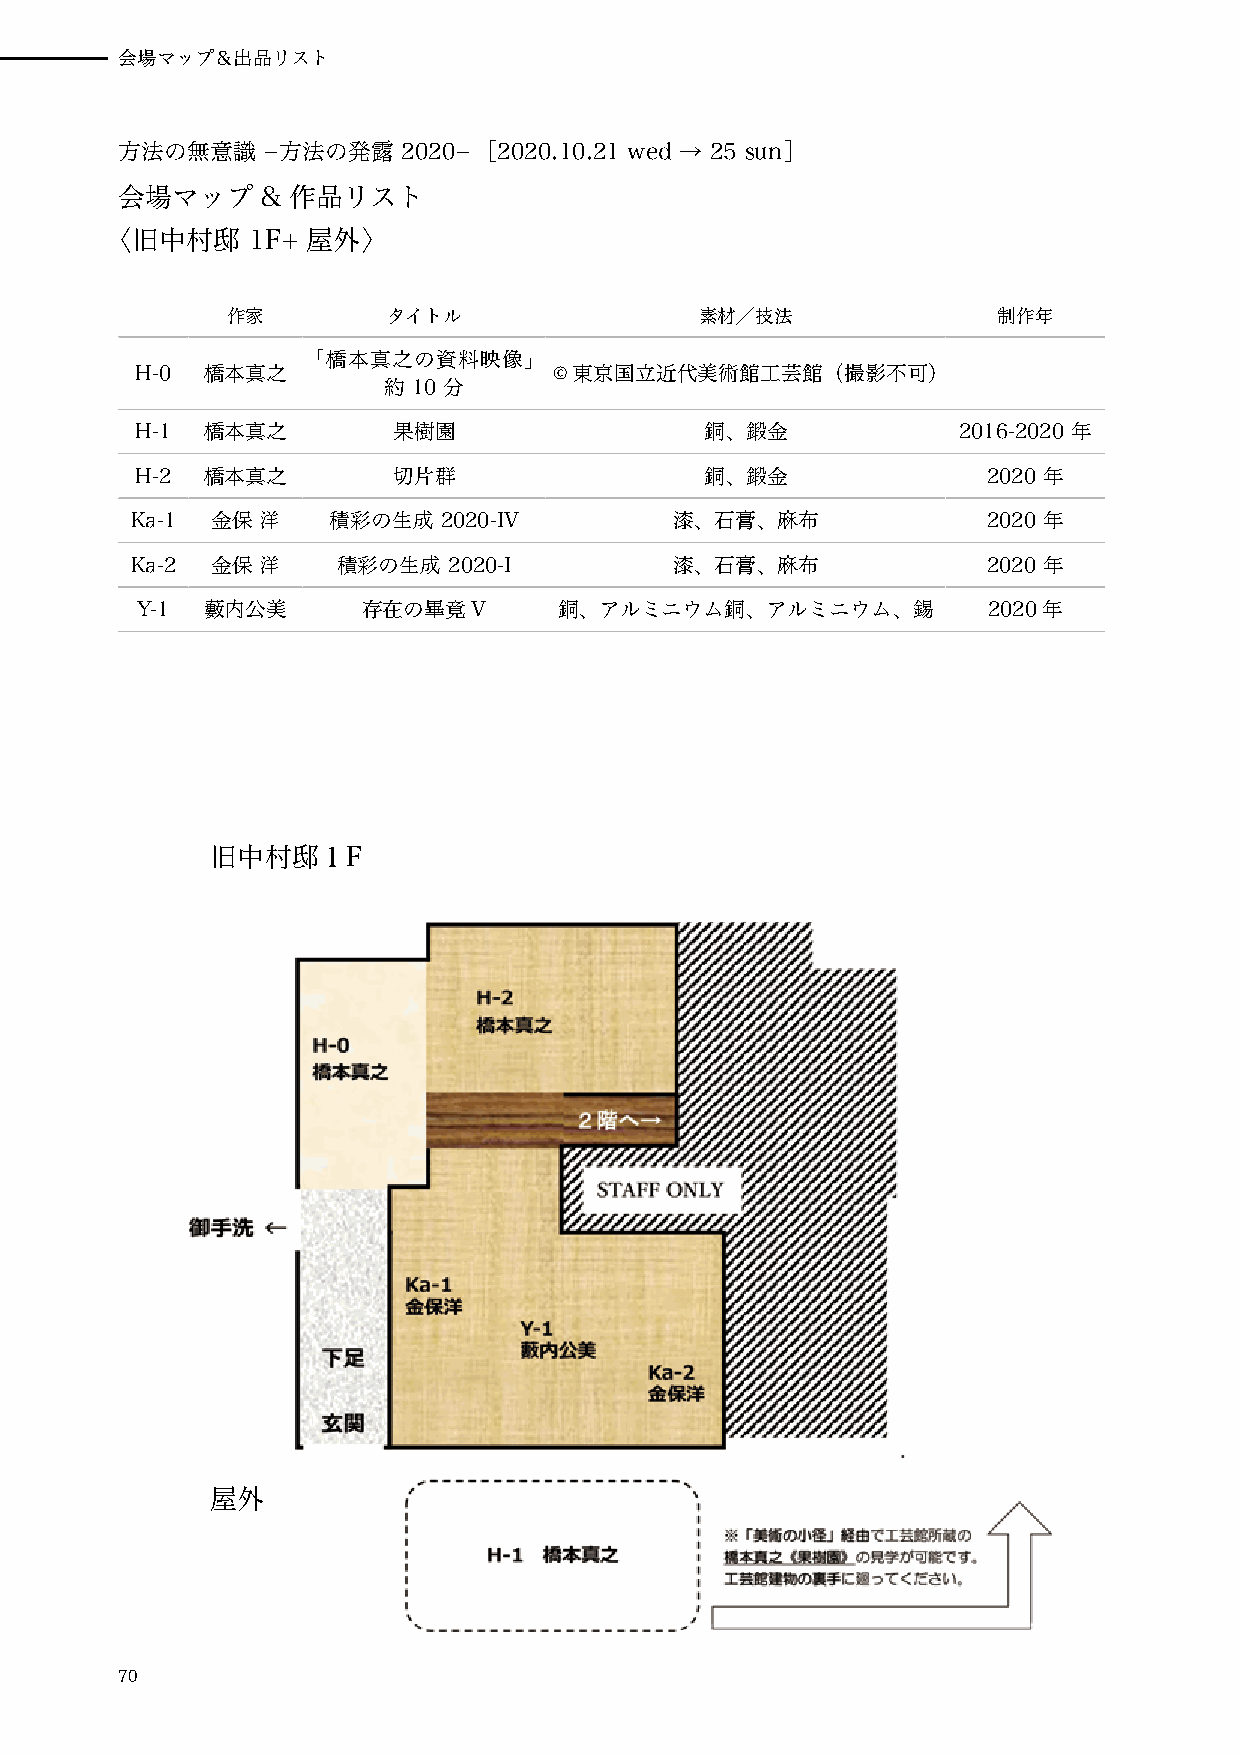
会場マップ＆出品リスト
 方法の無意識   −方法の発露    2020− ［ 2020.10.21 wed → 25 sun］
 会場マップ    & 作品リスト
 〈旧中村邸    1F+ 屋外〉
 作家         タイトル                素材／技法               制作年
 「橋本真之の資料映像」
 H-0 橋本真之                    ©️東京国立近代美術館工芸館（撮影不可）
 約 10 分
 H-1 橋本真之         果樹園                  銅、鍛金            2016-2020 年
 H-2 橋本真之         切片群                  銅、鍛金              2020 年
 Ka-1 金保 洋    積彩の生成  2020-IV         漆、石膏、麻布             2020 年
 Ka-2 金保 洋    積彩の生成   2020-I         漆、石膏、麻布             2020 年
 Y-1 藪内公美       存在の畢竟V       銅、アルミニウム銅、アルミニウム、錫          2020年
 旧中村邸１F
 屋外
 70